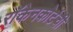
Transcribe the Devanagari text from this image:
रॉकेनकोर्टची